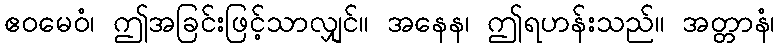
ဧဝမေဝံ၊ ဤအခြင်းဖြင့်သာလျှင်။ အနေန၊ ဤရဟန်းသည်။ အတ္တာနံ၊